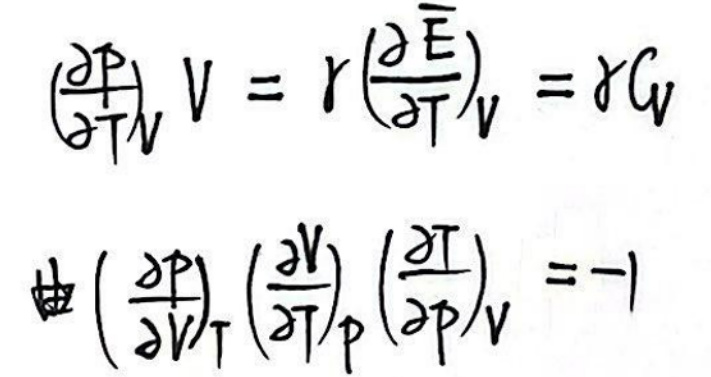
\(\left(\frac{\partial P}{\partial T}\right)_V &= r\left(\frac{\partial \overline{E}}{\partial T}\right)_V=\delta C_V\)\\
由\(\left(\frac{\partial P}{\partial V}\right)_T\left(\frac{\partial V}{\partial T}\right)_P\left(\frac{\partial T}{\partial P}\right)_V&=-1\)